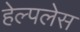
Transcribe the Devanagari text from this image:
हेल्पलेस